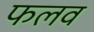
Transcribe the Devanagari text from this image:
फलव